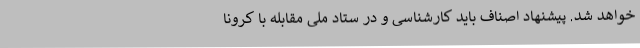
خواهد شد. پیشنهاد اصناف باید کارشناسی و در ستاد ملی مقابله با کرونا